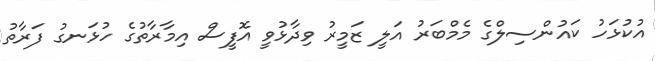
އުކުޅަހު ކައުންސިލްގެ މެމްބަރު އަލީ ޒަމީރު ވިދާޅުވީ އޮފީސް އިމާރާތުގެ ހުޅަނގު ފަރާތު